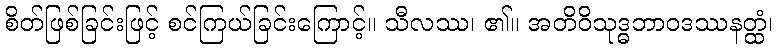
စိတ်ဖြစ်ခြင်းဖြင့် စင်ကြယ်ခြင်းကြောင့်။ သီလဿ၊ ၏။ အတိဝိသုဒ္ဓဘာဝဒဿနတ္ထံ၊